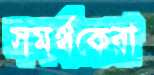
সমর্থকেরা